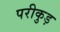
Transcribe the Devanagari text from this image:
परीकुड़